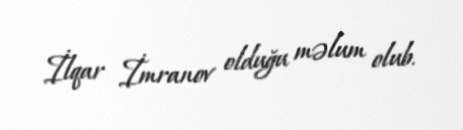
İlqar İmranov olduğu məlum olub.